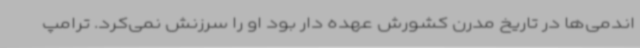
اندمی‌ها در تاریخ مدرن کشورش عهده دار بود او را سرزنش نمی‌کرد. ترامپ